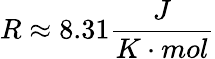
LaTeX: R\approx 8.31\frac{J}{K\cdot mol}